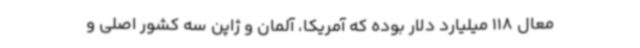
معال 118 میلیارد دلار بوده که آمریکا، آلمان و ژاپن سه کشور اصلی و